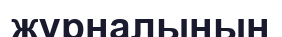
журналынын